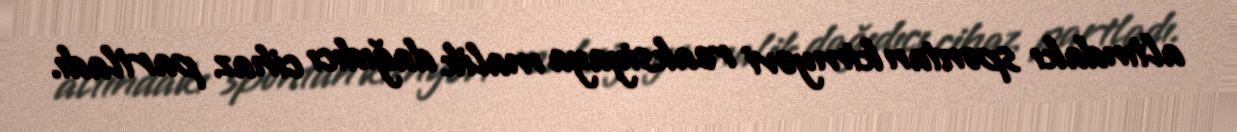
altındakı spontan kimyəvi reaksiyaya malik dağıdıcı cihaz partladı.